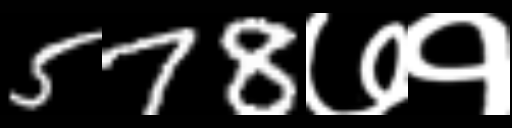
Text: 578७१